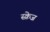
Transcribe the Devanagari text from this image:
स्क्रेज